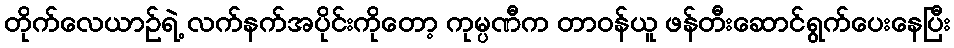
တိုက်လေယာဉ်ရဲ့ လက်နက်အပိုင်းကိုတော့ ကုမ္ပဏီက တာဝန်ယူ ဖန်တီးဆောင်ရွက်ပေးနေပြီး